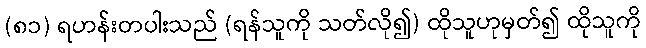
(၈၁) ရဟန်းတပါးသည် (ရန်သူကို သတ်လို၍) ထိုသူဟုမှတ်၍ ထိုသူကို